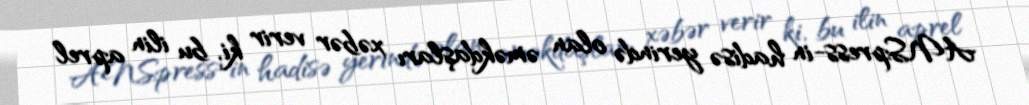
ANSpress-in hadisə yerində olan əməkdaşları xəbər verir ki, bu ilin aprel